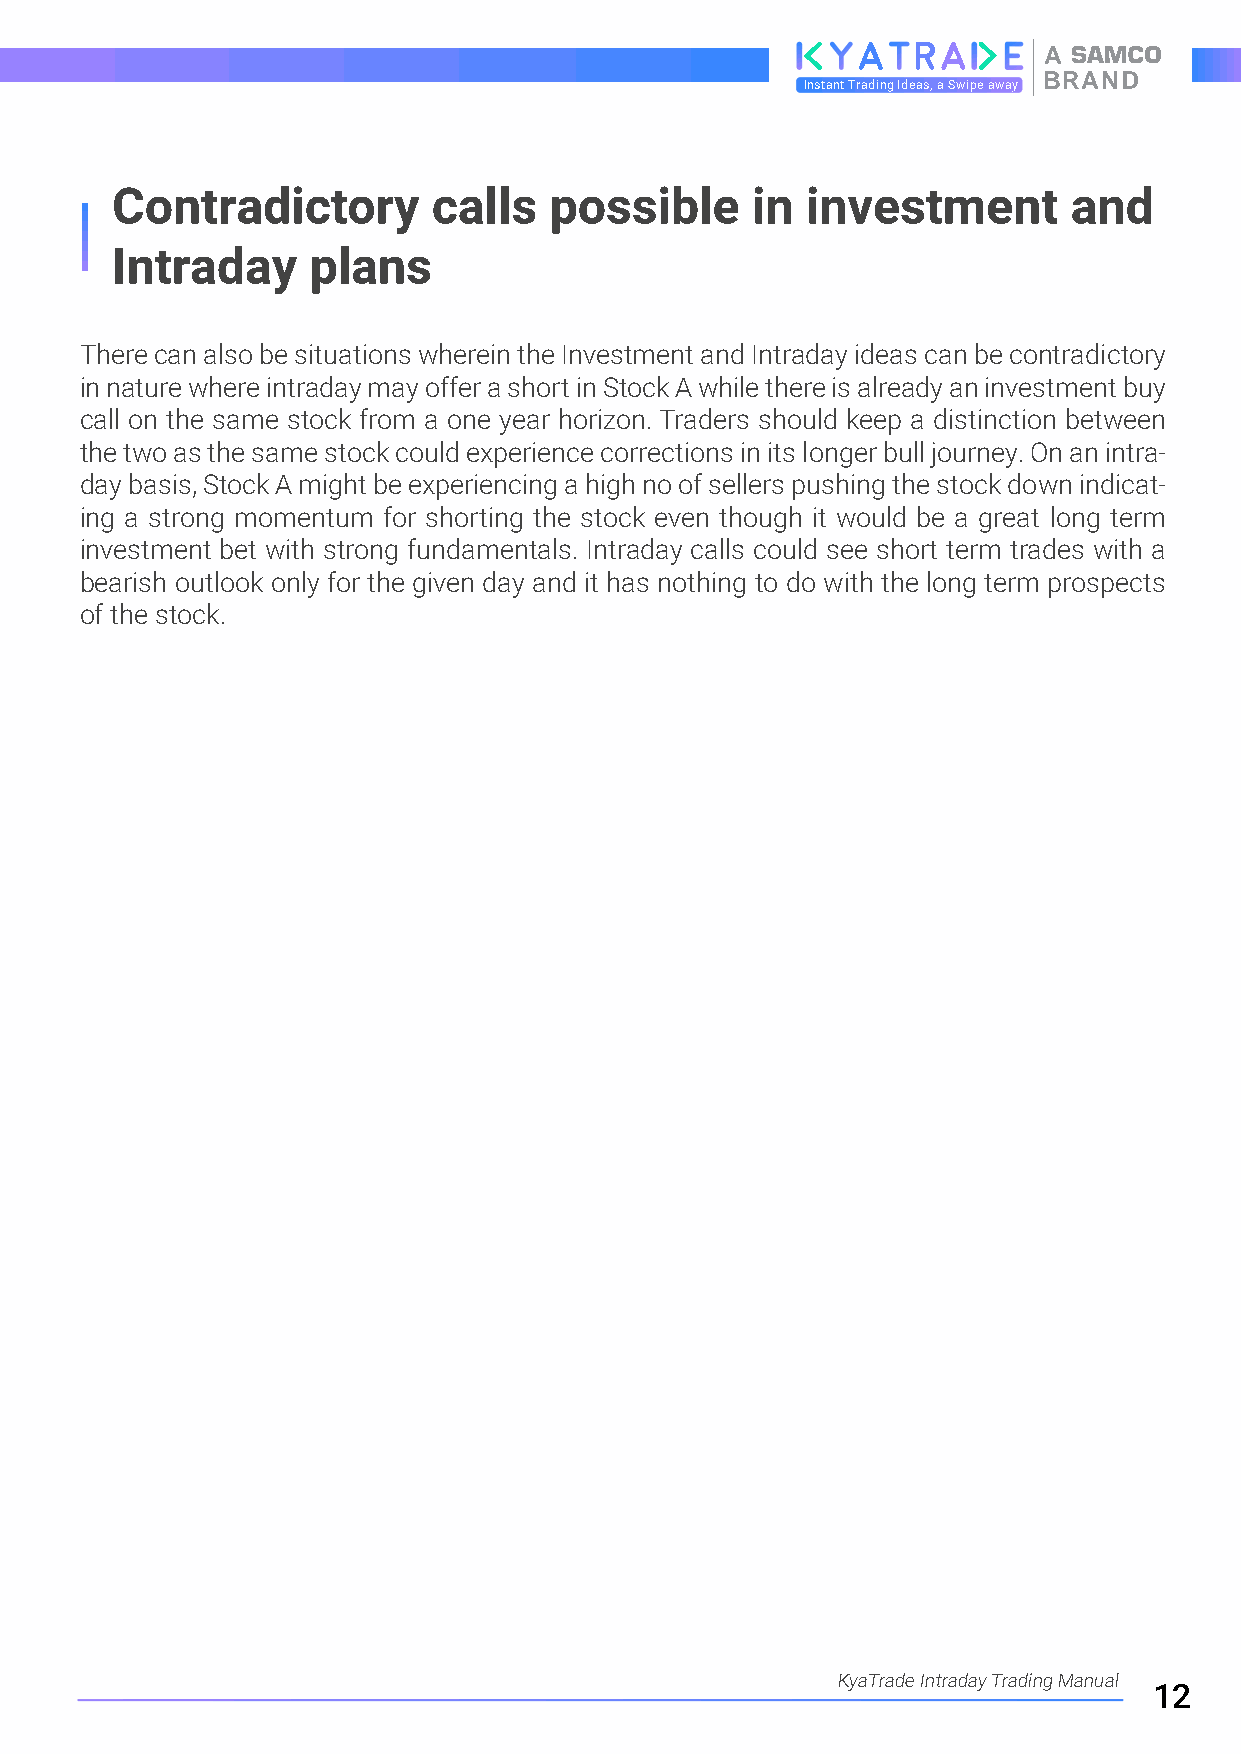
A
 BRAND
 Instant Trading Ideas, a Swipe away
 Contradictory         calls  possible      in investment        and
 Intraday     plans
 There can also be situations wherein the Investment and Intraday ideas can be contradictory
 in nature where intraday may offer a short in Stock A while there is already an investment buy
 call on the same stock from a one year horizon. Traders should keep a distinction between
 the two as the same stock could experience corrections in its longer bull journey. On an intra-
 day basis, Stock A might be experiencing a high no of sellers pushing the stock down indicat-
 ing a strong momentum for shorting the stock even though it would be a great long term
 investment bet with strong fundamentals. Intraday calls could see short term trades with a
 bearish outlook only for the given day and it has nothing to do with the long term prospects
 of the stock.
 KyaTrade Intraday Trading Manual
 12